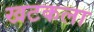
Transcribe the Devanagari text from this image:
खटकला